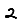
Digit: 2